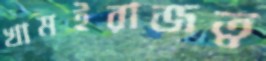
খামইরাজত্ব